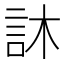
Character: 𮗼